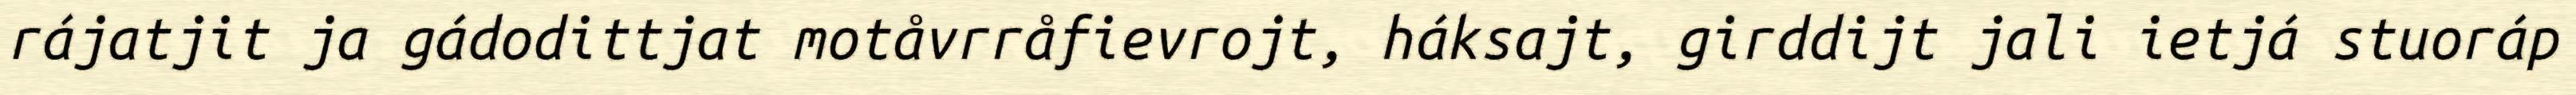
rájatjit ja gádodittjat motåvrråfievrojt, háksajt, girddijt jali ietjá stuoráp